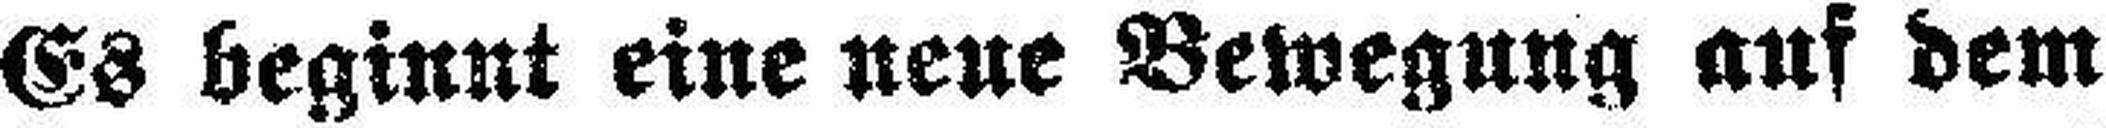
Es beginnt eine neue Bewegung auf dem